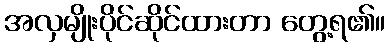
အလှမျိုးပိုင်ဆိုင်ထားတာ တွေ့ရ၏။